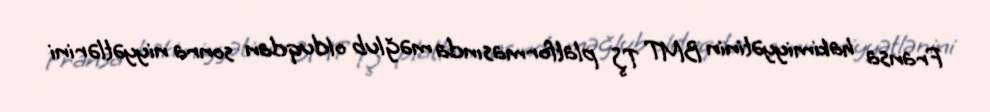
Fransa hakimiyyətinin BMT TŞ platformasında məğlub olduqdan sonra niyyətlərini